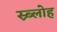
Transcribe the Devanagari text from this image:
स्र्ब्लोह